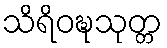
သိရိဝဍ္ဎသုတ္တ